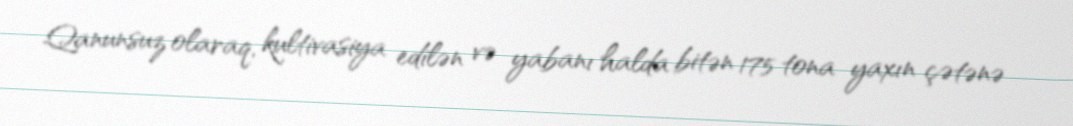
Qanunsuz olaraq, kultivasiya edilən və yabanı halda bitən 175 tona yaxın çətənə